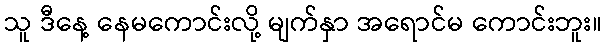
သူ ဒီနေ့ နေမကောင်းလို့ မျက်နှာ အရောင်မ ကောင်းဘူး။